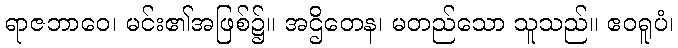
ရာဇဘာဝေ၊ မင်း၏အဖြစ်၌။ အဌိတေန၊ မတည်သော သူသည်။ ဧဝရူပံ၊